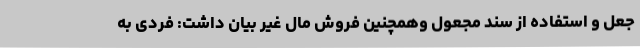
جعل و استفاده از سند مجعول وهمچنین فروش مال غیر بیان داشت: فردی به